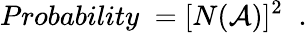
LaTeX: Probability\; =[N({\cal A})]^{2}\; \; .